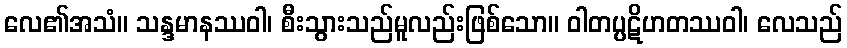
လေ၏အသံ။ သန္ဒမာနဿဝါ၊ စီးသွားသည်မူလည်းဖြစ်သော။ ဝါတပ္ပဋိဟတဿဝါ၊ လေသည်